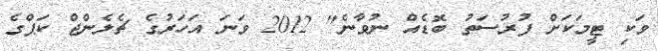
ވަކި ޓީމަކަށް ފުރުސަތު ބޮޑެއް ނުވާނެ" 2012 ވަނަ އަހަރުގެ ޗެލެންޖް ކަޕްގެ